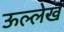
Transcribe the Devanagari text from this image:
ऊल्लेख